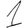
Digit: 1